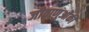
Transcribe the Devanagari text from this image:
जीवाणुओंकी